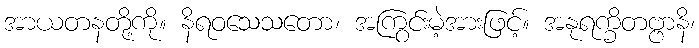
အာယတနတို့ကို။ နိရဝသေသတော၊ အကြွင်းမဲ့အားဖြင့်။ အနုရက္ခိတဗ္ဗာနိ၊